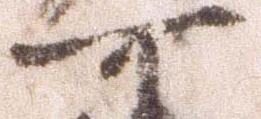
可